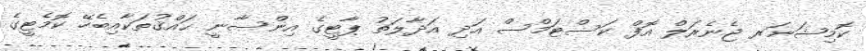
ކޮމިޝަނަރ ޖެނެރަލް އޮފް ކަސްޓަމްސް އަދި އަދާލަތު ޕާޓީގެ އިންސާނީ ޙައްޤުތަކާއިބެހޭ ކޮމެޓީގެ